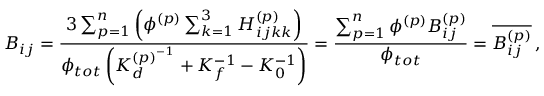
B _ { i j } = \frac { 3 \sum _ { p = 1 } ^ { n } \left( \phi ^ { ( p ) } \sum _ { k = 1 } ^ { 3 } H _ { i j k k } ^ { ( p ) } \right) } { \phi _ { t o t } \left( K _ { d } ^ { { ( p ) } ^ { - 1 } } + K _ { f } ^ { - 1 } - K _ { 0 } ^ { - 1 } \right) } = \frac { \sum _ { p = 1 } ^ { n } \phi ^ { ( p ) } B _ { i j } ^ { ( p ) } } { \phi _ { t o t } } = \overline { { B _ { i j } ^ { ( p ) } } } \, ,